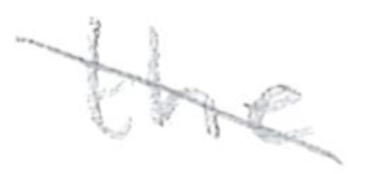
Text: the
Cross-out: diagonal
Writing tool: pencil